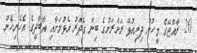
20. ރާއްޖޭގެ މީހުން ދިރިއުޅޭ ރަށްރަށުގެ ބިން ގެދޮރު އެޅުމަށާއި އާބާދީގެ އެހެނިހެން